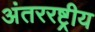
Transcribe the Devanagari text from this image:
अंतररष्ट्रीय